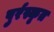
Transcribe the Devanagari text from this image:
पुर्रस्कृत